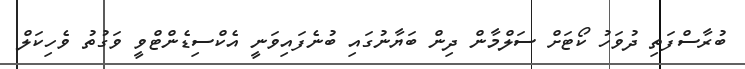
ބުރާސްފަތި ދުވަހު ކޯޓަށް ސަލްމާން ދިން ބަޔާނުގައި ބުނެފައިވަނީ އެކްސިޑެންޓްވީ ވަގުތު ވެހިކަލް